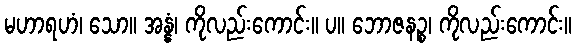
မဟာရဟံ၊ သော။ အန္နံ၊ ကိုလည်းကောင်း။ ပ။ ဘောဇနဉ္စ၊ ကိုလည်းကောင်း။